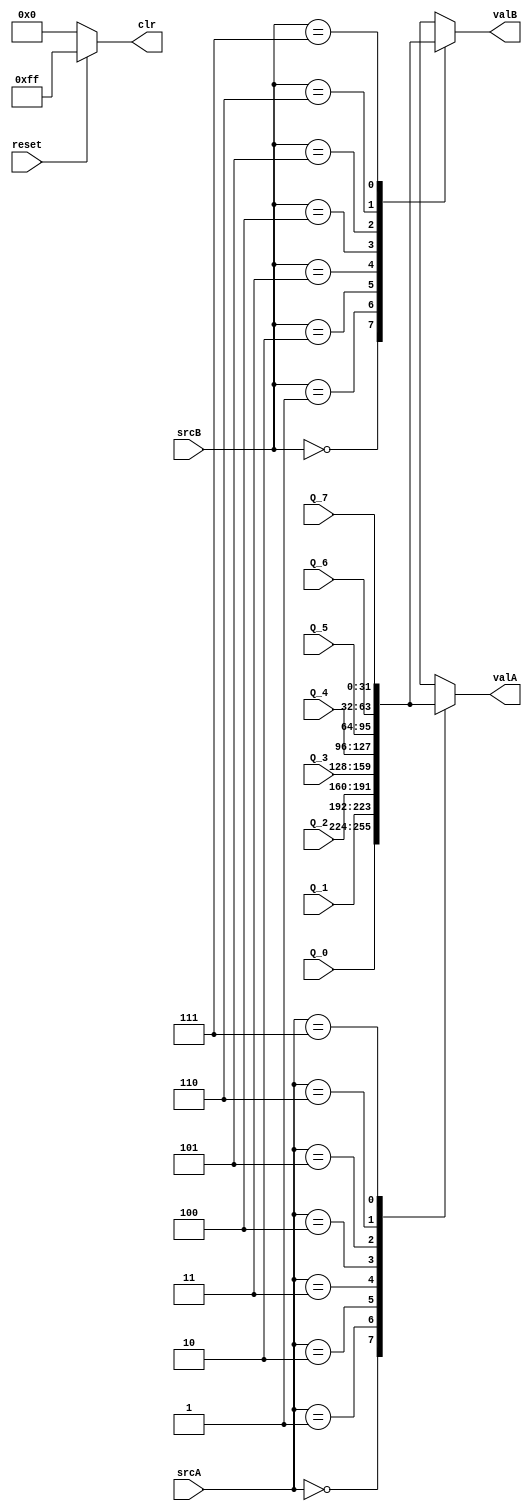
`timescale 1ns / 1ps
//////////////////////////////////////////////////////////////////////////////////
// Company: 
// Engineer: 
// 
// Design Name: 
// Module Name: regReader
// Project Name: 
// Target Devices: 
// Tool Versions: 
// Description: 
// 
// Dependencies: 
// 
// Revision:
// Revision 0.01 - File Created
// Additional Comments:
// 
//////////////////////////////////////////////////////////////////////////////////


module regReader(
    input reset,
    input [2:0] srcA,
    output reg [31:0] valA,
    input [2:0] srcB,
    output reg [31:0] valB,
    output [7:0] clr,
    input [31:0] Q_0,
    input [31:0] Q_1,
    input [31:0] Q_2,
    input [31:0] Q_3,
    input [31:0] Q_4,
    input [31:0] Q_5,
    input [31:0] Q_6,
    input [31:0] Q_7
    );
    
    assign clr = reset ? 8'b11111111 : 8'b00000000; //  change for different reset vals
    
    
    always @ (*)
        case (srcA)
            3'b000 : valA = Q_0;
            3'b001 : valA = Q_1;
            3'b010 : valA = Q_2;
            3'b011 : valA = Q_3;
            3'b100 : valA = Q_4;
            3'b101 : valA = Q_5;
            3'b110 : valA = Q_6;
            3'b111 : valA = Q_7;
        endcase
    
    always @ (*)
         case (srcB)
            3'b000 : valB = Q_0;
            3'b001 : valB = Q_1;
            3'b010 : valB = Q_2;
            3'b011 : valB = Q_3;
            3'b100 : valB = Q_4;
            3'b101 : valB = Q_5;
            3'b110 : valB = Q_6;
            3'b111 : valB = Q_7;
        endcase
    
    
endmodule